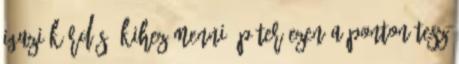
igazi kérdés: Kihez menni? Péter ezen a ponton tesz